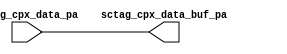
module cpx_databuf_ca2(
   sctag_cpx_data_buf_pa, 
   sctag_cpx_data_pa
   );
   output [144:0]  sctag_cpx_data_buf_pa;
   input  [144:0]  sctag_cpx_data_pa;
   assign sctag_cpx_data_buf_pa = sctag_cpx_data_pa;
endmodule